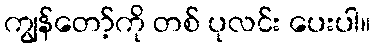
ကျွန်တော့်ကို တစ် ပုလင်း ပေးပါ။